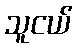
သူငယ်